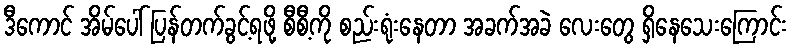
ဒီကောင် အိမ်ပေါ် ပြန်တက်ခွင့်ရဖို့ စီစီ့ကို စည်းရုံးနေတာ အခက်အခဲ လေးတွေ ရှိနေသေးကြောင်း